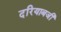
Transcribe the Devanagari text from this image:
दरियाबजी